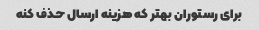
برای رستوران بهتر که هزینه ارسال حذف کنه